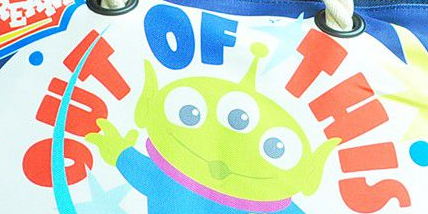
OUT OF THIS